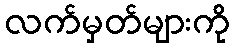
လက်မှတ်များကို